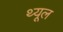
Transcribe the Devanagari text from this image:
थ्यूल